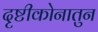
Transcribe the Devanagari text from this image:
दृष्टीकोनातुन